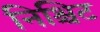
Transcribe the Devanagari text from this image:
निश्चिट